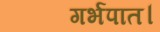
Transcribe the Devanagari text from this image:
गर्भपात।